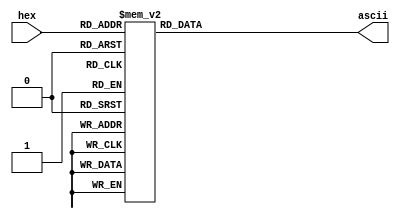
module hex_to_ascii (
  input [3:0]hex,

  output reg [7:0]ascii
);

always @(*) begin
  case(hex)
    4'h0: ascii = 8'h30;
    4'h1: ascii = 8'h31;
    4'h2: ascii = 8'h32;
    4'h3: ascii = 8'h33;
    4'h4: ascii = 8'h34;
    4'h5: ascii = 8'h35;
    4'h6: ascii = 8'h36;
    4'h7: ascii = 8'h37;
    4'h8: ascii = 8'h38;
    4'h9: ascii = 8'h39;
    4'hA: ascii = 8'h61;
    4'hB: ascii = 8'h62;
    4'hC: ascii = 8'h63;
    4'hD: ascii = 8'h64;
    4'hE: ascii = 8'h65;
    4'hF: ascii = 8'h66;
  endcase
end

endmodule